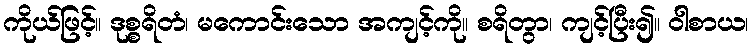
ကိုယ်ဖြင့်။ ဒုစ္စရိတံ၊ မကောင်းသော အကျင့်ကို။ စရိတွာ၊ ကျင့်ပြီး၍။ ဝါစာယ၊